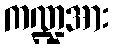
ကဏ္ဍအား